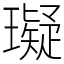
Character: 𤪦